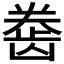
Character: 𱌲